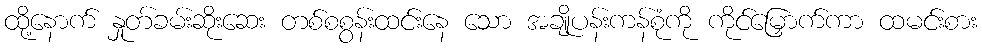
ထို့နောက် နှုတ်ခမ်းဆိုးဆေး တစ်စစွန်းထင်းနေ သော အချိုပန်းကန်စုံကို ကိုင်မြှောက်ကာ ထမင်းစား